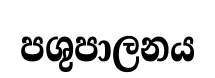
පශුපාලනය